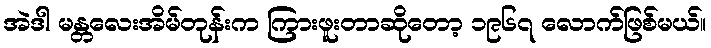
အဲဒါ မန္တလေးအိမ်တုန်းက ကြားဖူးတာဆိုတော့ ၁၉၆၇ လောက်ဖြစ်မယ်။